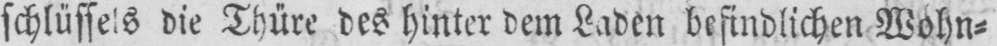
schlüssels die Thüre des hinter dem Laden befindlichen Wohn⸗